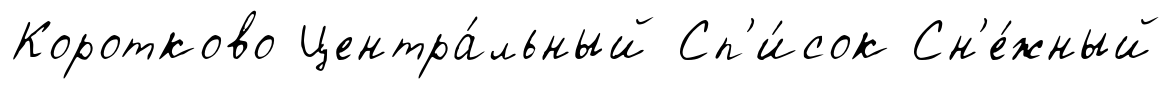
Коротково Центра́льный Сп'и́сок Сн'е́жный